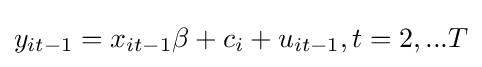
y_{it-1}=x_{it-1}\beta +c_{i}+u_{it-1},t=2,...T